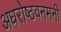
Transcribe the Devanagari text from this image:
अधरोष्ठवनमनी